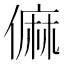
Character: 𠍨